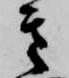
き